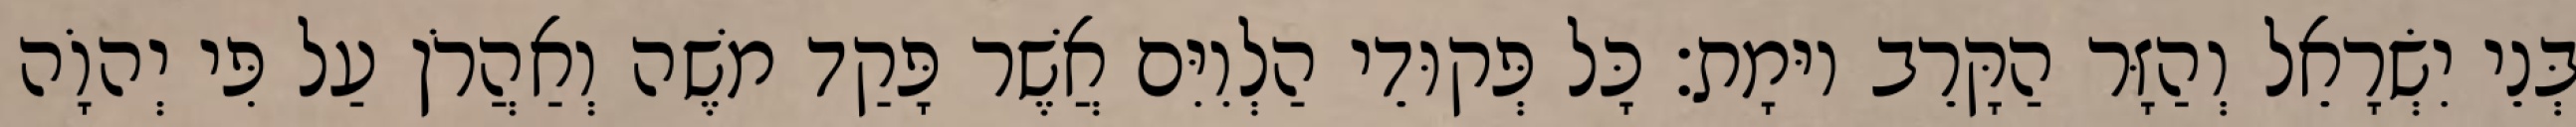
בְּנֵי יִשְׂרָאֵל וְהַזָּר הַקָּרֵב יוּמָת׃ כָּל פְּקוּדֵי הַלְוִיִּם אֲשֶׁר פָּקַד משֶׁה וְאַהֲרֹן עַל פִּי יְהוָֹה